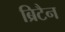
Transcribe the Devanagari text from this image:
ब्रिटैन